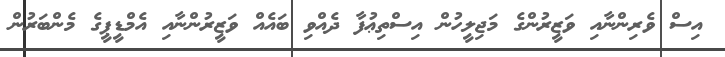
އިސް ވެރިންނާއި ވަޒީރުންގެ މަޖިލީހުން އިސްތިޢުފާ ދެއްވި ބައެއް ވަޒީރުންނާއި އެމްޑީޕީގެ މެންބަރުން